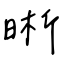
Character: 晰